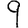
Digit: 9